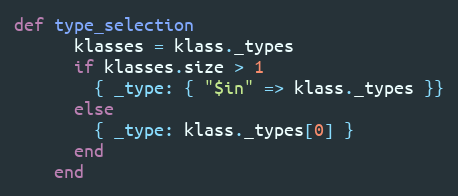
Language: Ruby
def type_selection
      klasses = klass._types
      if klasses.size > 1
        { _type: { "$in" => klass._types }}
      else
        { _type: klass._types[0] }
      end
    end